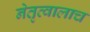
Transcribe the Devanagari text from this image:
नेतृत्वालाच